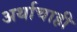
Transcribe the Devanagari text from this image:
अर्थाचाही